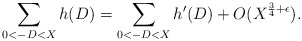
\begin{align*} \sum_{0<-D<X} h(D) = \sum_{0<-D<X} h'(D) + O(X^{\frac{3}{4} + \epsilon}).\end{align*}